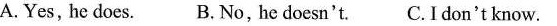
A.Yes，he does. B. No, he doesn't. C.Idon'tknow.